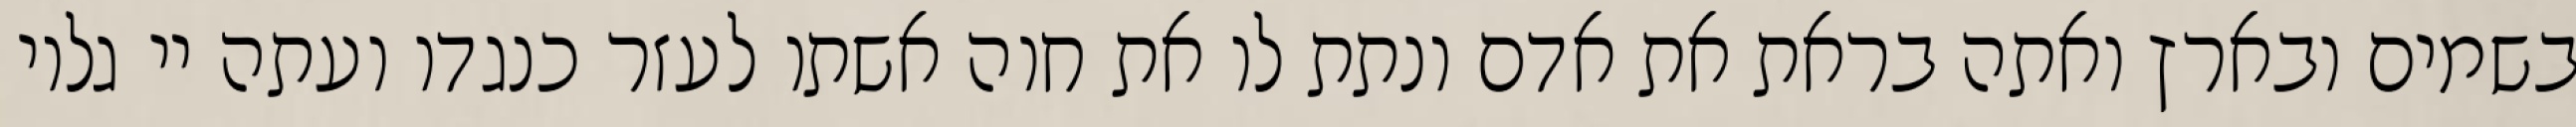
בשמים ובארץ ואתה בראת את אדם ונתת לו את חוה אשתו לעזר כנגדו ועתה יי גלוי